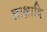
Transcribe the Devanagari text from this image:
लाक्षादि